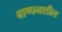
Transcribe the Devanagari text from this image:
बाष्पनशील